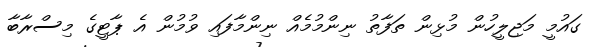
ގައުމީ މަޖިލީހުން މުޅިން ތަފާތު ނިންމުމެއް ނިންމާފައި ވުމުން އެ ޕާޓީގެ މިސްރާބާ